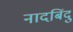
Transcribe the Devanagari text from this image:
नादबिंदु